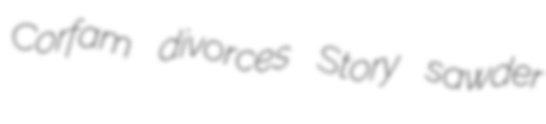
Corfam divorces Story sawder